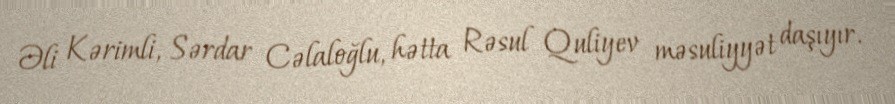
Əli Kərimli, Sərdar Cəlaloğlu, hətta Rəsul Quliyev məsuliyyət daşıyır.